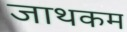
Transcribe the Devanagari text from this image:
जाथकम